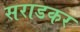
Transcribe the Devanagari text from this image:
सराडकर